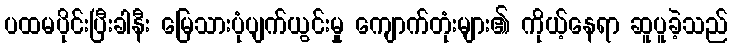
ပထမပိုင်းပြီးခါနီး မြေသားပုံပျက်ယွင်းမှု ကျောက်တုံးများ၏ ကိုယ့်နေရာ ဆူပူခဲ့သည်